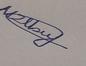
Signature authenticity: genuine